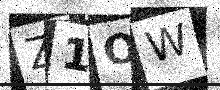
Text: Z1OW